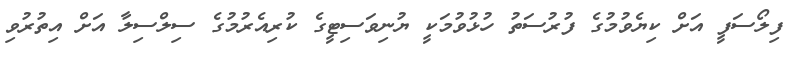
ފިލޯސަފީ އަށް ކިޔެވުމުގެ ފުރުސަތު ހުޅުވުމަކީ ޔުނިވަސިޓީގެ ކުރިއެރުމުގެ ސިލްސިލާ އަށް އިތުރުވި